Lunatic asylums in Bengal annual reports 1899-1911 - 1899-1911
Year: 1899
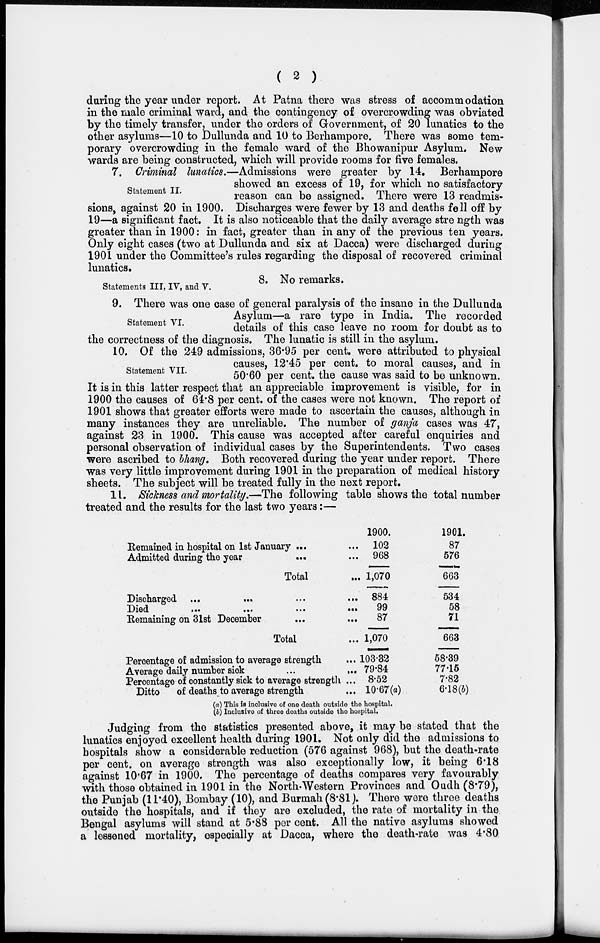
( 2 )
during the year under report. At Patna there was stress of accommodation
in the male criminal ward, and the contingency of overcrowding was obviated
by the timely transfer, under the orders of Government, of 20 lunatics to the
other asylums—10 to Dullunda and 10 to Berhampore. There was some tem-
porary overcrowding in the female ward of the Bhowanipur Asylum. New
wards are being constructed, which will provide rooms for five females.
Statement II.
7. Criminal lunatics.—Admissions were greater by 14. Berhampore
showed an excess of 19, for which no satisfactory
reason can be assigned. There were 13 readmis-
sions, against 20 in 1900. Discharges were fewer by 13 and deaths fell off by
19—a significant fact. It is also noticeable that the daily average stre ngth was
greater than in 1900: in fact, greater than in any of the previous ten years.
Only eight cases (two at Dullunda and six at Dacca) were discharged during
1901 under the Committee's rules regarding the disposal of recovered criminal
lunatics.
Statements III, IV, and V.
8. No remarks.
Statement VI.
9. There was one case of general paralysis of the insane in the Dullunda
Asylum—a rare type in India. The recorded
details of this case leave no room for doubt as to
the correctness of the diagnosis. The lunatic is still in the asylum.
Statement VII.
10. Of the 249 admissions, 36.95 per cent. were attributed to physical
causes, 12.45 per cent. to moral causes, and in
50.60 per cent. the cause was said to be unknown.
It is in this latter respect that an appreciable improvement is visible, for in
1900 the causes of 64.8 per cent. of the cases were not known. The report of
1901 shows that greater efforts were made to ascertain the causes, although in
many instances they are unreliable. The number of ganja cases was 47,
against 23 in 1900. This cause was accepted after careful enquiries and
personal observation of individual cases by the Superintendents. Two cases
were ascribed to bhang. Both recovered during the year under report. There
was very little improvement during 1901 in the preparation of medical history
sheets. The subject will be treated fully in the next report.
11. Sickness and mortality.—The following table shows the total number
treated and the results for the last two years:—
Remained in hospital on 1st January ... ...
Admitted during the year
...
...
Total ...
Discharged ...
...
...
...
Died
...
...
...
...
Remaining on 31st December ... ...
Total ...
Percentage of admission to average strength ...
Average daily number sick
...
...
Percentage of constantly sick to average strength ...
Ditto
of deaths to average strength ...
1900.
102
968
1,070
884
99
87
1,070
103.32
79.84
8.52
10.67(a)
1901.
87
576
663
534
58
71
663
58.39
77.15
7.82
6.18(b)
(a) This is inclusive of one death outside the hospital.
(b) Inclusive of three deaths outside the hospital.
Judging from the statistics presented above, it may be stated that the
lunatics enjoyed excellent health during 1901. Not only did the admissions to
hospitals show a considerable reduction (576 against 968), but the death-rate
per cent. on average strength was also exceptionally low, it being 6.18
against 10.67 in 1900. The percentage of deaths compares very favourably
with those obtained in 1901 in the North-Western Provinces and Oudh (8.79),
the Punjab (11.40), Bombay (10), and Burmah(8.81). There were three deaths
outside the hospitals, and if they are excluded, the rate of mortality in the
Bengal asylums will stand at 5.88 per cent. All the native asylums showed
a lessened mortality, especially at Dacca, where the death-rate was 4.80